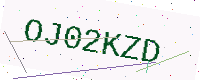
Text: OJ02KZD